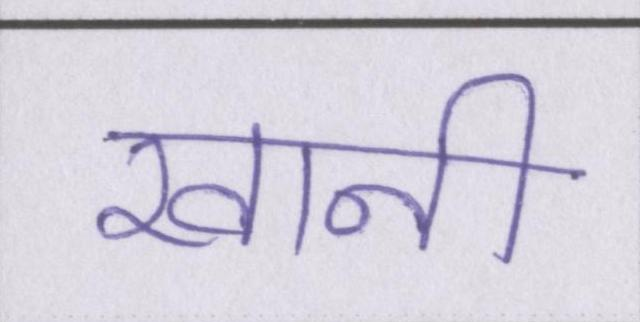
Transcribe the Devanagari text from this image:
खानी